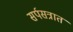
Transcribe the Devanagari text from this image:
सर्पसत्रात